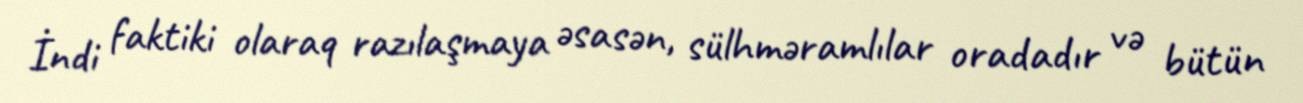
İndi faktiki olaraq razılaşmaya əsasən, sülhməramlılar oradadır və bütün